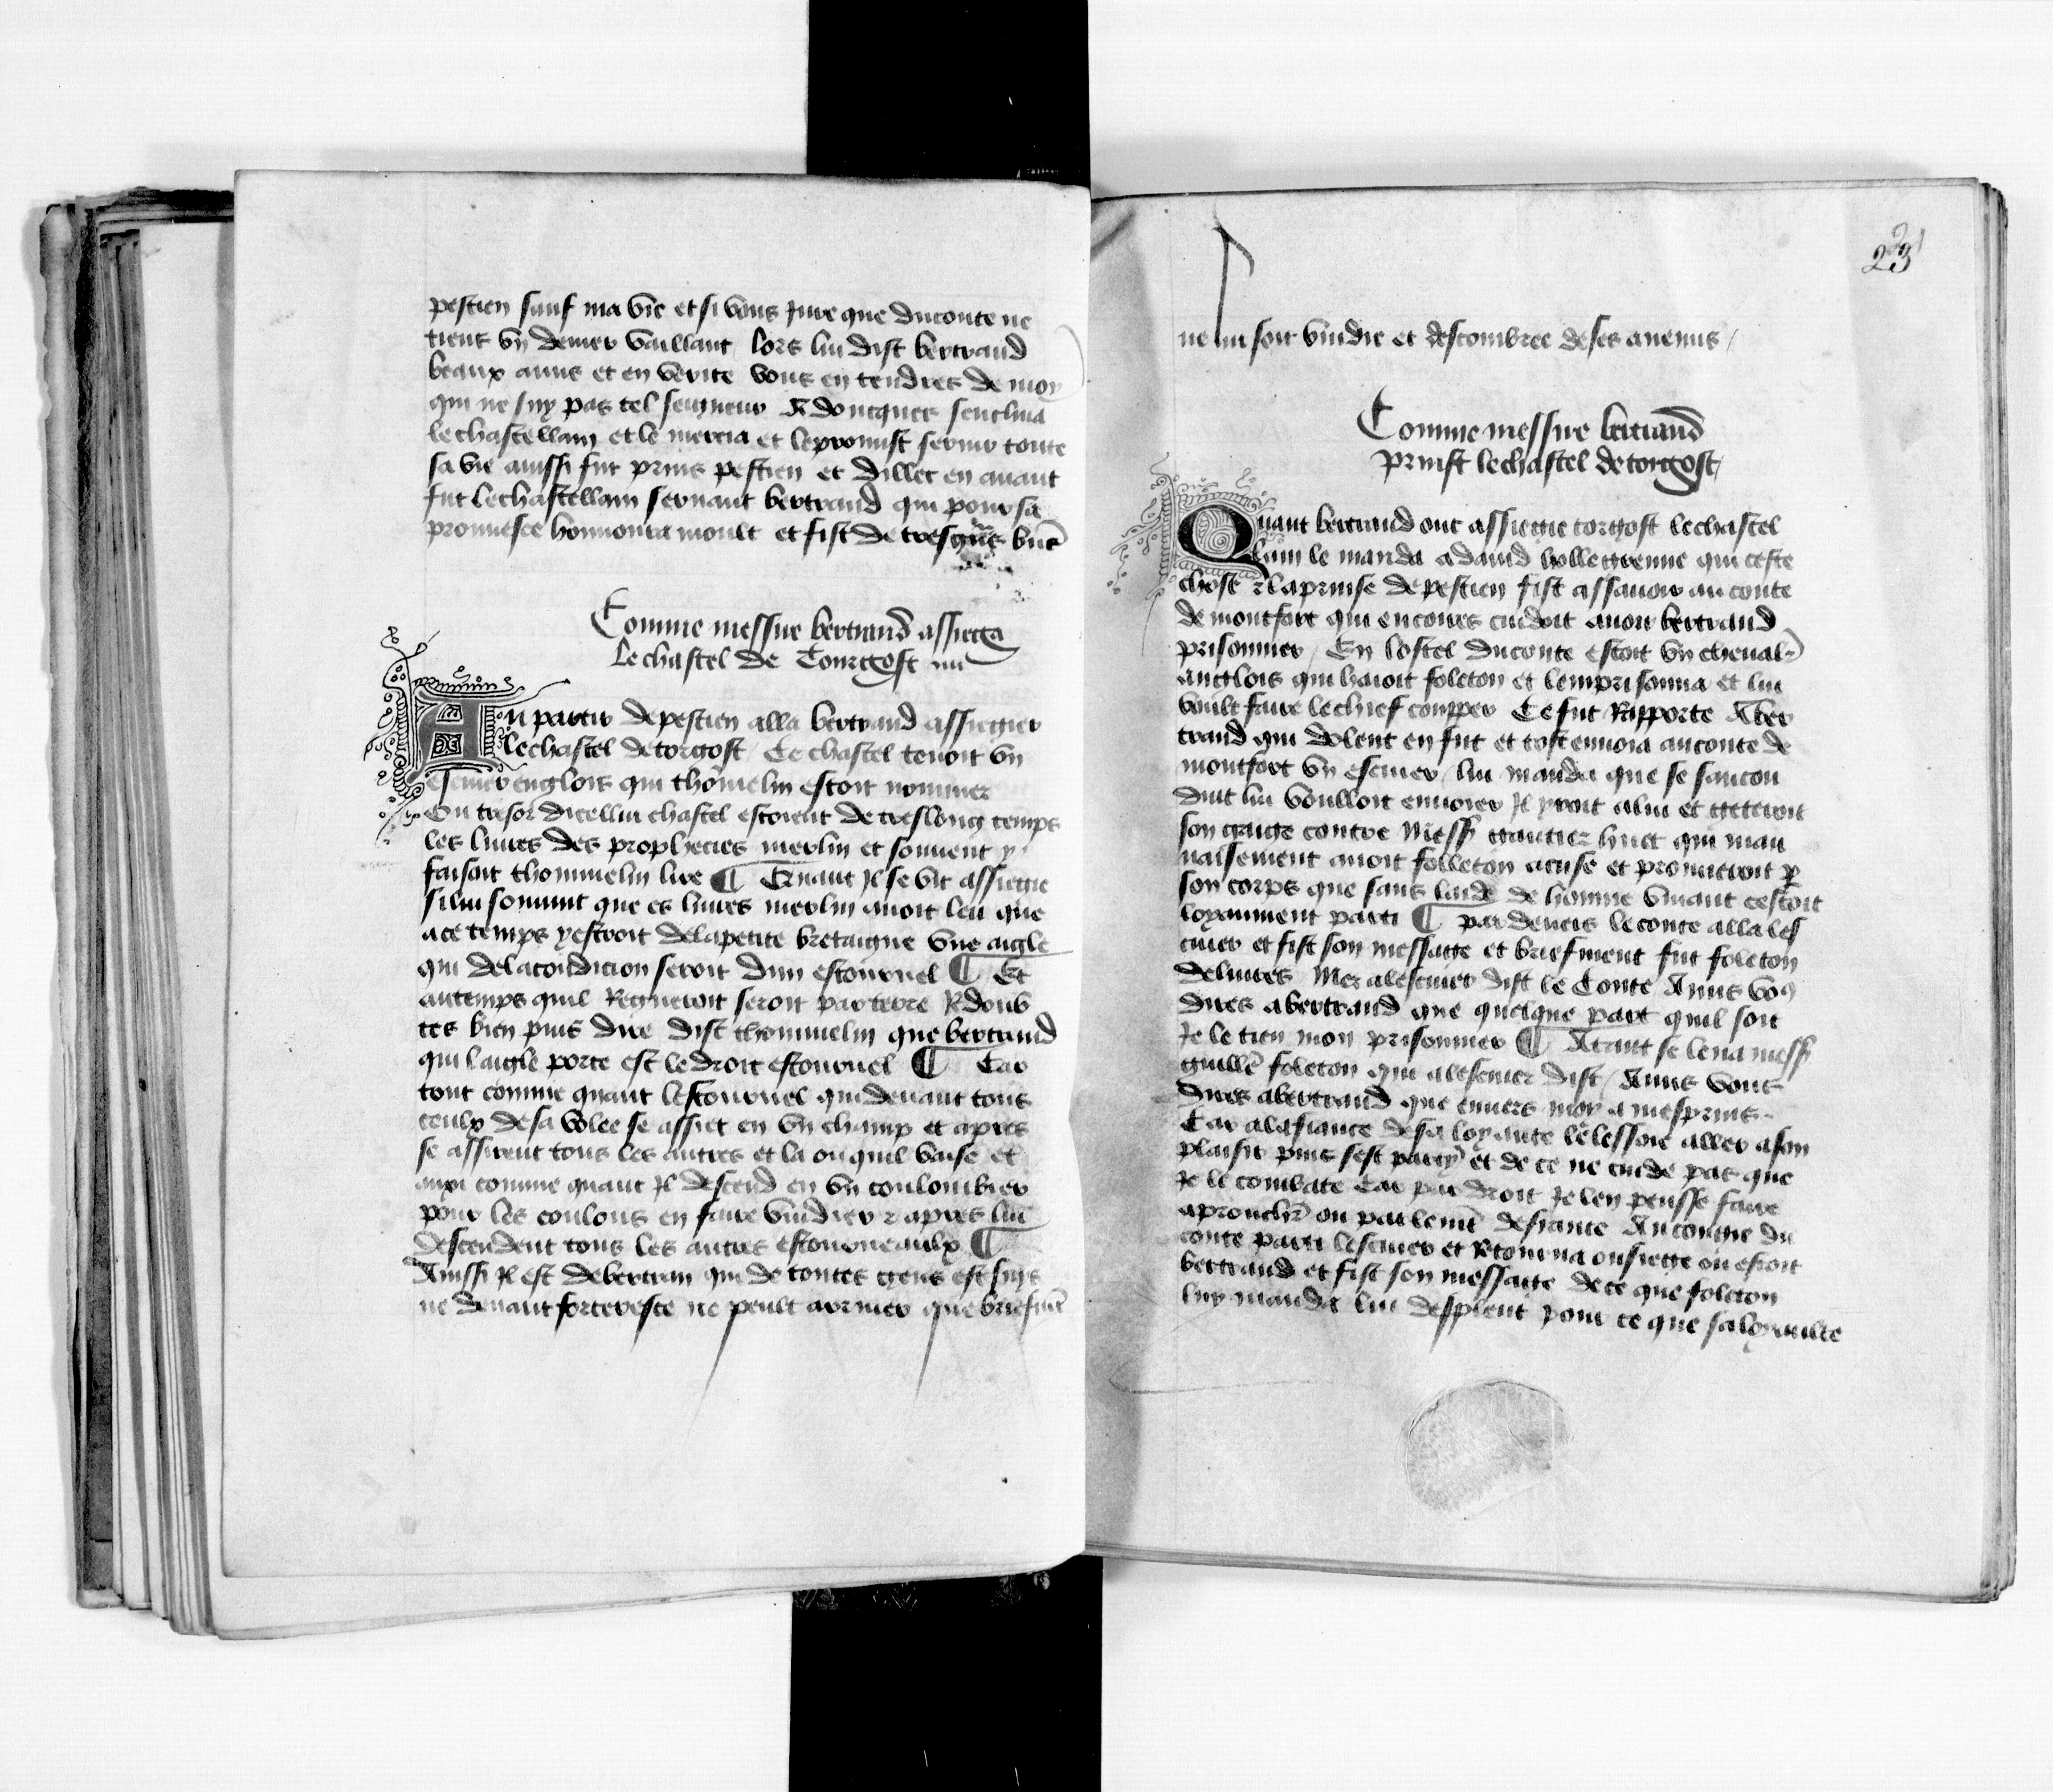
Shelfmark: Paris, BnF, fr. 1984
Century: 15